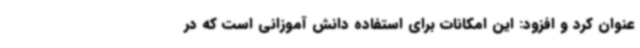
عنوان کرد و افزود: این امکانات برای استفاده دانش آموزانی است که در